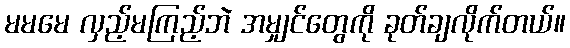
မမမေ လှည့်မကြည့်ဘဲ အမျှင်တွေကို ခုတ်ချလိုက်တယ်။